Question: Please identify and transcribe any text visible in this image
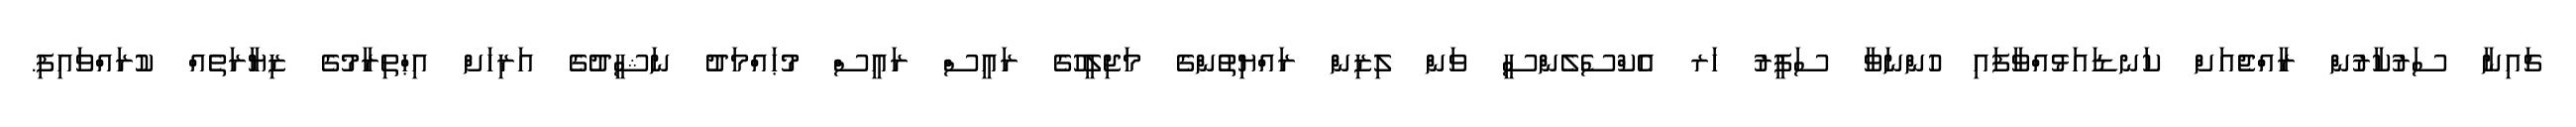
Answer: ޗައިނާ ސަރުކާރުން ރާއްޖެއަށް ކަނޑައަޅުއްވާފައި ހުންނަވާ ސަފީރު ހަރ އެކްސެލެންސީ ވަން ލިޒިން ރައްޔިތުންގެ މަޖިލީހުގެ ރައީސް ރައީސް މުޙައްމަދު ނަޝީދުގެ އަރިހަށް އިޙްތިރާމުގެ ޒިޔާރަތެއް ކުރައްވައިފި.